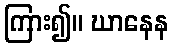
ကြား၍။ ဃာနေန